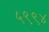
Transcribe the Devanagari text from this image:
५९९४